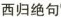
西归绝句